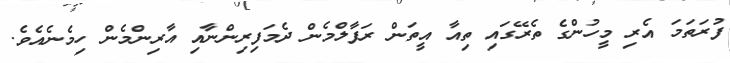
ފުރަތަމަ އެރި މީހުންގެ ތެރޭގައި ތިއާ އީތަން ރަފާލްމެން ދެމަފިރިންނާއި އާރިންމެން ހިމެނެއެވެ.